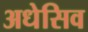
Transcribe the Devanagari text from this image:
अधेसिव